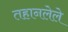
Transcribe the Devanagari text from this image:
तहानलेले